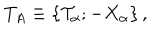
T _ { A } \equiv \left\{ { \cal T } _ { \alpha } ; - X _ { \alpha } \right\} ,